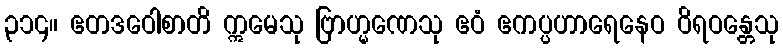
၃၁၄။ ဧတဒဝေါစာတိ ဣမေသု ဗြာဟ္မဏေသု ဧဝံ ဧကပ္ပဟာရေနေဝ ဝိရဝန္တေသု